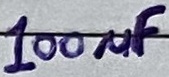
Text: 100µF